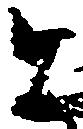
と